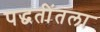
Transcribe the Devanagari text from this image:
पद्धतींतला